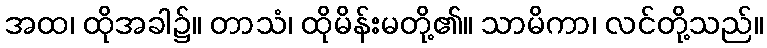
အထ၊ ထိုအခါ၌။ တာသံ၊ ထိုမိန်းမတို့၏။ သာမိကာ၊ လင်တို့သည်။